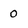
Character: 0